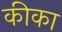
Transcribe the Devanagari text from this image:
कीका